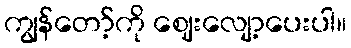
ကျွန်တော့်ကို ဈေးလျော့ပေးပါ။